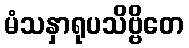
မံသနှာရုပသိဗ္ဗိတေ